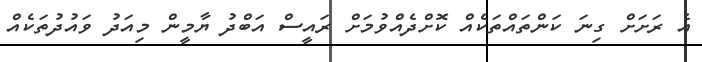
އެ ރަށަށް ގިނަ ކަންތައްތަކެއް ކޮށްދެއްވުމަށް ރައީސް އަބްދު ޔާމީން މިއަދު ވައުދުތަކެއް